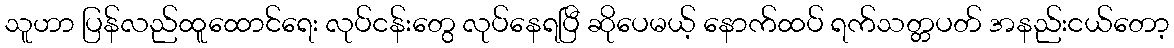
သူဟာ ပြန်လည်ထူထောင်ရေး လုပ်ငန်းတွေ လုပ်နေရပြီ ဆိုပေမယ့် နောက်ထပ် ရက်သတ္တပတ် အနည်းငယ်တော့